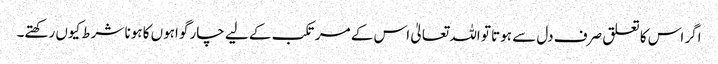
اگر اس کا تعلق صرف دل سے ہوتا تو اللہ تعالیٰ اس کے مرتکب کے لیے چار گواہوں کا ہونا شرط کیوں رکھتے۔